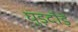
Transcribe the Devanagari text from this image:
घुड़दौड़ें